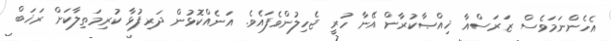
އެހެންނަމަވެސް ޒަރަސްއާ ޚިއްޞާކުރާން އޭނާ ހުރީ ޖެހިލުންވެފައެވެ. އަނެއްކޮޅުން ދަރިފުޅާ ކުރިމަތިލާކަށް ރަޚަބް